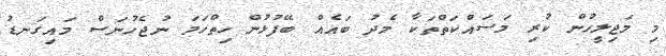
މި މަޖިލީހުން ކުރި މަސައްކަތްތަކާ މެދު ބައެއް ބޭފުޅުން ހިތްހަމަ ނުޖެހުނަސް މައިގަނޑު